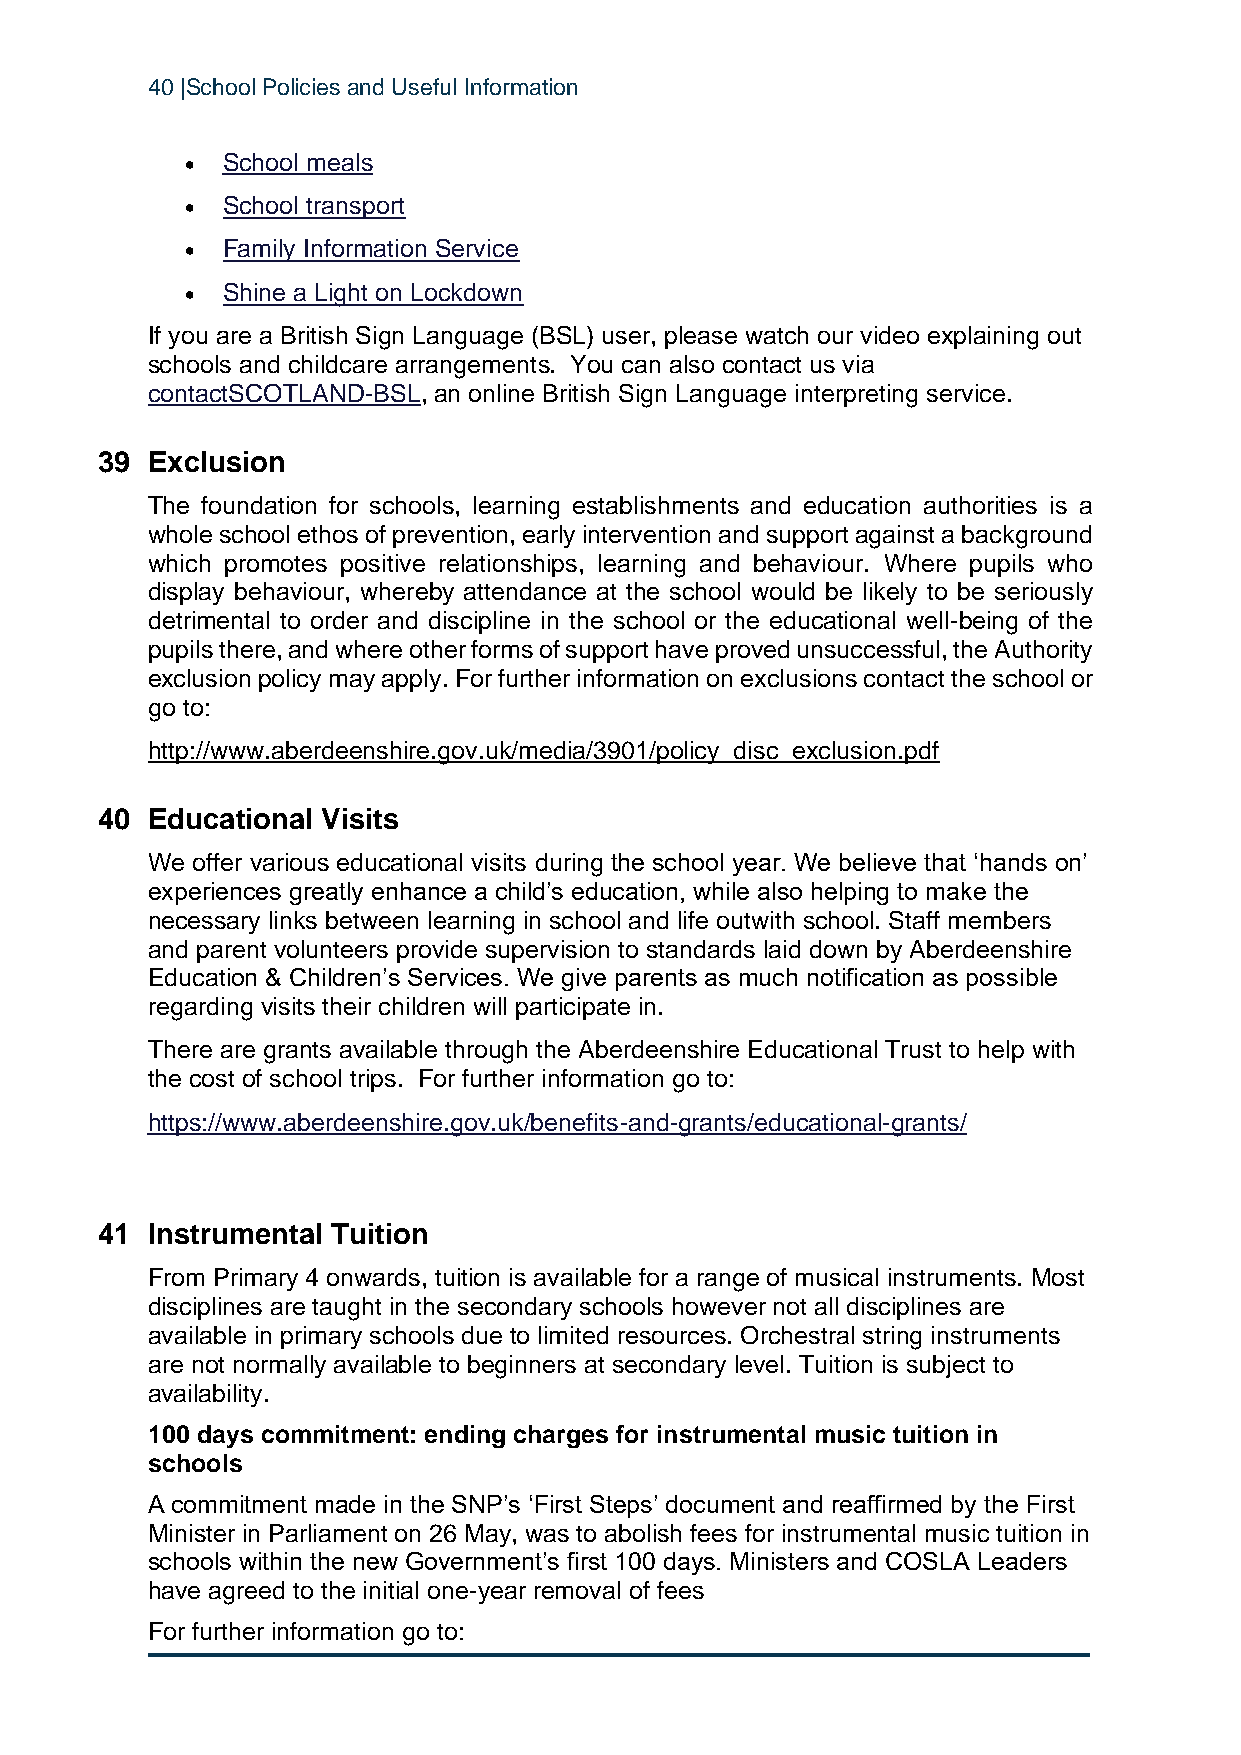
40 |School Policies and Useful Information
 •  School meals
 •  School transport
 •  Family Information Service
 •  Shine a Light on Lockdown
 If you are a British Sign Language (BSL) user, please watch our video explaining out
 schools and childcare arrangements. You can also contact us via
 contactSCOTLAND-BSL, an online British Sign Language interpreting service.
 39  Exclusion
 The foundation for schools, learning establishments and education authorities is a
 whole school ethos of prevention, early intervention and support against a background
 which promotes positive relationships, learning and behaviour. Where pupils who
 display behaviour, whereby attendance at the school would be likely to be seriously
 detrimental to order and discipline in the school or the educational well-being of the
 pupils there, and where other forms of support have proved unsuccessful, the Authority
 exclusion policy may apply. For further information on exclusions contact the school or
 go to:
 http://www.aberdeenshire.gov.uk/media/3901/policy_disc_exclusion.pdf
 40  Educational Visits
 We offer various educational visits during the school year. We believe that ‘hands on’
 experiences greatly enhance a child’s education, while also helping to make the
 necessary links between learning in school and life outwith school. Staff members
 and parent volunteers provide supervision to standards laid down by Aberdeenshire
 Education & Children’s Services. We give parents as much notification as possible
 regarding visits their children will participate in.
 There are grants available through the Aberdeenshire Educational Trust to help with
 the cost of school trips. For further information go to:
 https://www.aberdeenshire.gov.uk/benefits-and-grants/educational-grants/
 41  Instrumental Tuition
 From Primary 4 onwards, tuition is available for a range of musical instruments. Most
 disciplines are taught in the secondary schools however not all disciplines are
 available in primary schools due to limited resources. Orchestral string instruments
 are not normally available to beginners at secondary level. Tuition is subject to
 availability.
 100 days commitment: ending charges for instrumental music tuition in
 schools
 A commitment made in the SNP’s ‘First Steps’ document and reaffirmed by the First
 Minister in Parliament on 26 May, was to abolish fees for instrumental music tuition in
 schools within the new Government’s first 100 days. Ministers and COSLA Leaders
 have agreed to the initial one-year removal of fees
 For further information go to: